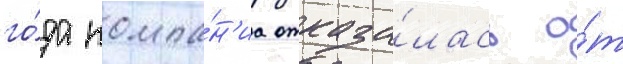
го́да компа́н'иа отказа́лась о́т